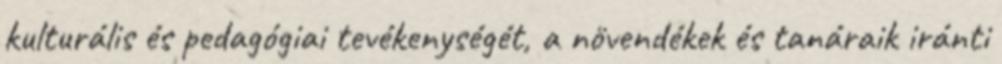
kulturális és pedagógiai tevékenységét, a növendékek és tanáraik iránti